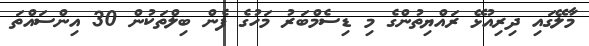
މާލޭގައި ދިރިއުޅޭ ރައްޔިތުންގެ މި ޑިސެމްބަރު މަހުގެ ފެން ބިލްތަކުން 30 އިންސައްތަ